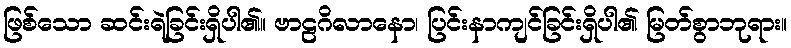
ဖြစ်သော ဆင်းရဲခြင်းရှိပါ၏။ ဗာဠဂိလာနော၊ ပြင်းနာကျင်ခြင်းရှိပါ၏ မြတ်စွာဘုရား။